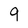
Character: 9